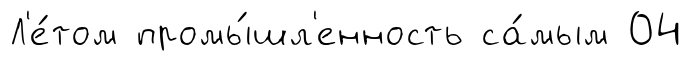
Л'е́том промы́шл'енность са́мым 04